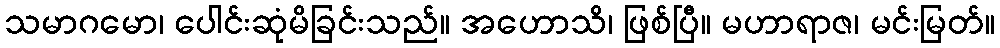
သမာဂမော၊ ပေါင်းဆုံမိခြင်းသည်။ အဟောသိ၊ ဖြစ်ပြီ။ မဟာရာဇ၊ မင်းမြတ်။